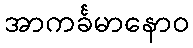
အာကင်္ခမာနောဝ